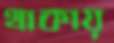
থাকায়